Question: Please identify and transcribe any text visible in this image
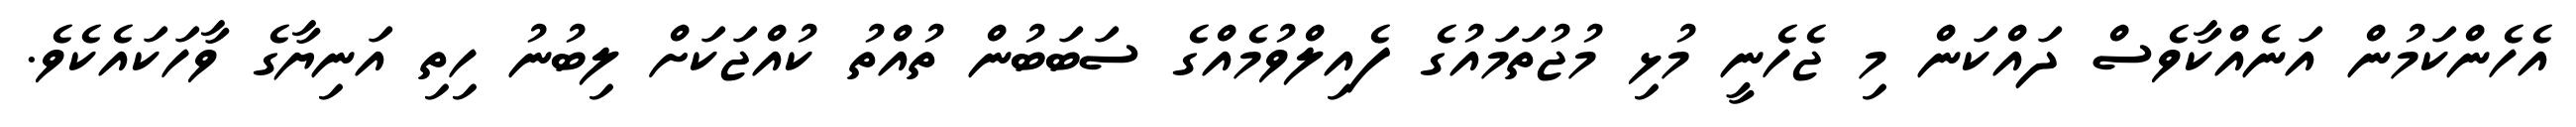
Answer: އެހެންކަމުން އަނެއްކާވެސް ދައްކަން މި ޖެހެނީ މުޅި މުޖުތަމައުގެ ފެއިލްވުމެއްގެ ސަބަބުން ތުއްތު ކުއްޖަކަށް ލިބުނު ހިތި އަނިޔާގެ ވާހަކައެކެވެ.